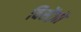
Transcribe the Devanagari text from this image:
विसेंज़ो